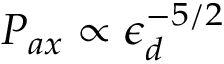
P _ { a x } \propto \epsilon _ { d } ^ { - 5 / 2 }